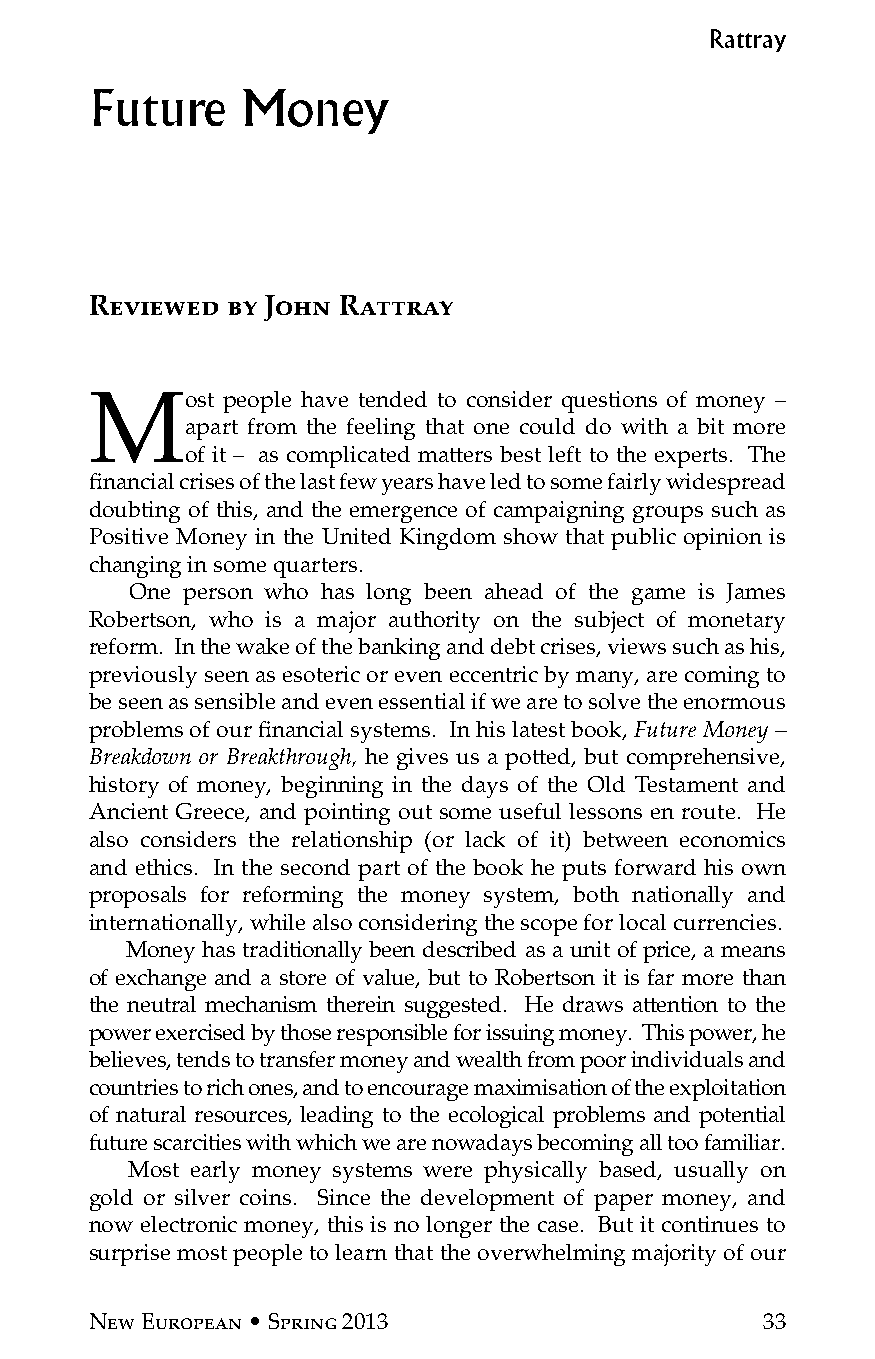
Rattray
 Future    Money
 Reviewed by John Rattray
 Most     people have tended to consider questions of money –
 apart from the feeling that one could do with a bit more
 of it – as complicated matters best left to the experts. The
 financial crises of the last few years have led to some fairly widespread
 doubting of this, and the emergence of campaigning groups such as
 Positive Money in the United Kingdom show that public opinion is
 changing in some quarters.
 One person who has long been ahead of the game is James
 Robertson, who is a major authority on the subject of monetary
 reform. In the wake of the banking and debt crises, views such as his,
 previously seen as esoteric or even eccentric by many, are coming to
 be seen as sensible and even essential if we are to solve the enormous
 problems of our financial systems. In his latest book, Future Money –
 Breakdown or Breakthrough, he gives us a potted, but comprehensive,
 history of money, beginning in the days of the Old Testament and
 Ancient Greece, and pointing out some useful lessons en route. He
 also considers the relationship (or lack of it) between economics
 and ethics. In the second part of the book he puts forward his own
 proposals for reforming the money system, both nationally and
 internationally, while also considering the scope for local currencies.
 Money has traditionally been described as a unit of price, a means
 of exchange and a store of value, but to Robertson it is far more than
 the neutral mechanism therein suggested. He draws attention to the
 power exercised by those responsible for issuing money. This power, he
 believes, tends to transfer money and wealth from poor individuals and
 countries to rich ones, and to encourage maximisation of the exploitation
 of natural resources, leading to the ecological problems and potential
 future scarcities with which we are nowadays becoming all too familiar.
 Most early money systems were physically based, usually on
 gold or silver coins. Since the development of paper money, and
 now electronic money, this is no longer the case. But it continues to
 surprise most people to learn that the overwhelming majority of our
 New European • Spring 2013                  33